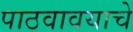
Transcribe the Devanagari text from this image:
पाठवावयाचे